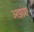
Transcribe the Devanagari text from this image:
अझांश